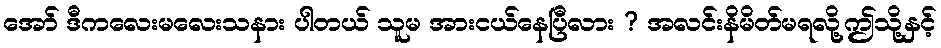
အော် ဒီကလေးမလေးသနား ပါတယ် သူမ အားငယ်နေပြီလား ? အလင်းနိမိတ်မရလို့ဤသို့နှင့်